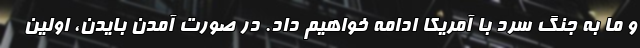
و ما به جنگ سرد با آمریکا ادامه خواهیم داد. در صورت آمدن بایدن، اولین